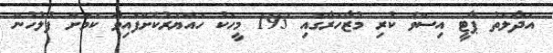
އަދާލަތު ޕާޓީ އިސްވެ ކުރި މުޒާހަރާގައި 193 މީހަކު ހައްޔަރުކޮށްފައިވާ ކަމަށް ފުލުހުން